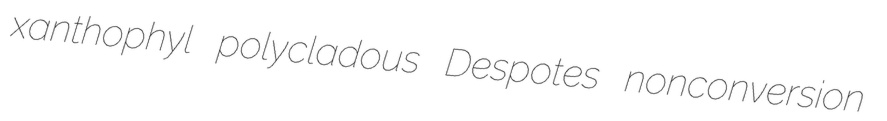
xanthophyl polycladous Despotes nonconversion